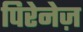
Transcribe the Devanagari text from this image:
पिरेनेज़